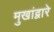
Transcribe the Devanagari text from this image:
मुखांद्वारे